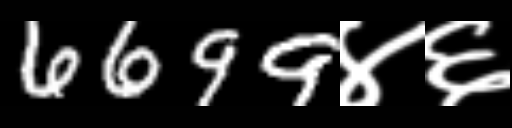
Text: 6699४६